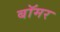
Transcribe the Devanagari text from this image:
बॉमर